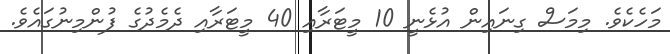
މަހެކެވެ. މިމަސް ގިނައިން އުޅެނީ 10 މީޓަރާއި 40 މީޓަރާއި ދެމެދުގެ ފުންމިނުގައެވެ.